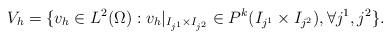
LaTeX: \begin{align*}V_h = \{v_h\in L^2(\Omega): v_h|_{I_{j^1} \times I_{j^2}} \in P^k(I_{j^1}\times I_{j^2}),\forall j^1,j^2\}.\end{align*}